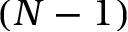
( N - 1 )